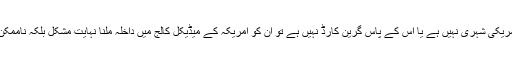
اگر کوئی بھی امریکی شہری نہیں ہے یا اس کے پاس گرین کارڈ نہیں ہے تو ان کو امریکہ کے میڈیکل کالج میں داخلہ ملنا نہایت مشکل بلکہ ناممکن کے قریب ہے۔